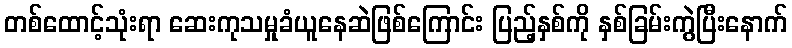
တစ်ထောင့်သုံးရာ ဆေးကုသမှုခံယူနေဆဲဖြစ်ကြောင်း ပြည့်နှစ်ကို နှစ်ခြမ်းကွဲပြီးနောက်